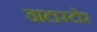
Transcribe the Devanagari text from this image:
डाटास्टोर